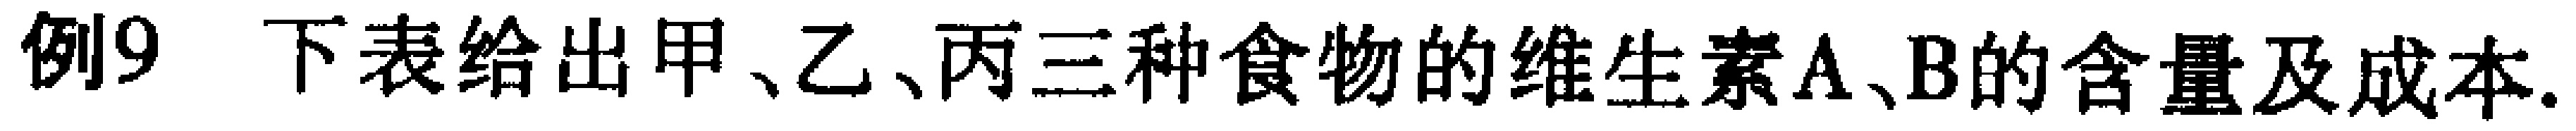
例9. 下表给出甲、乙、丙三种食物的维生素A、B的含量及成本.